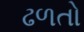
ઢળતો